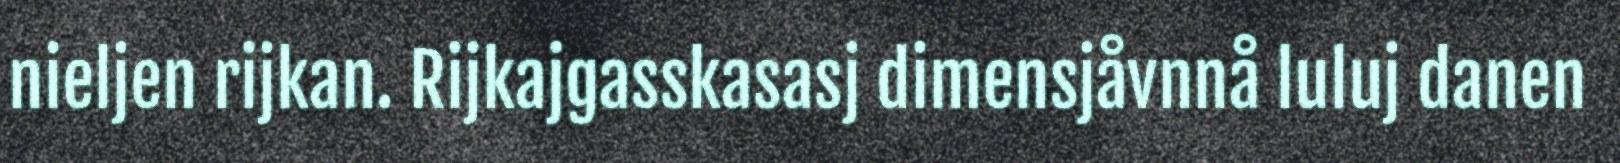
nieljen rijkan. Rijkajgasskasasj dimensjåvnnå luluj danen